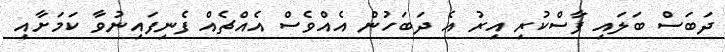
ދަބަސް ބަލައި ފާސްކުރި އިރު އެ ދަބަހުން އެއްވެސް އެއްޗެއް ފެނިފައިނުވާ ކަމަށާއި